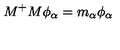
M ^ { + } M \phi _ { \alpha } = m _ { \alpha } \phi _ { \alpha }